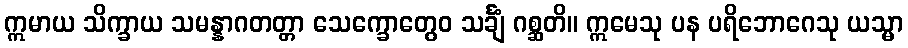
ဣမာယ သိက္ခာယ သမန္နာဂတတ္တာ သေက္ခောတွေဝ သင်္ချံ ဂစ္ဆတိ။ ဣမေသု ပန ပရိဘောဂေသု ယသ္မာ